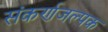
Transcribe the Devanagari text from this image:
संकर्णजल्पक